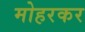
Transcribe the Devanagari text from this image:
मोहरकर